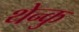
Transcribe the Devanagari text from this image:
थेन्कु